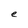
Character: e